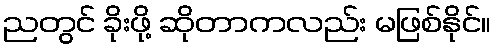
ညတွင် ခိုးဖို့ ဆိုတာကလည်း မဖြစ်နိုင်။